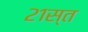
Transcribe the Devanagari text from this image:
२१स्त